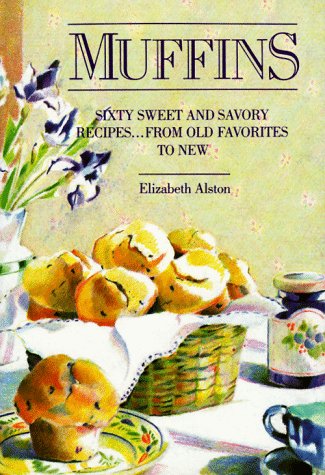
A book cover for Muffins; Elizabeth Alston; Cookbooks, Food & Wine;